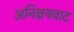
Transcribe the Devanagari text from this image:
अनिश्चयवाद